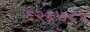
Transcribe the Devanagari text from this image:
६२६७८५